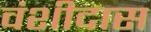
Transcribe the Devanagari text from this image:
वंशीदास